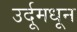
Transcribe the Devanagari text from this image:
उर्दूमधून